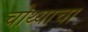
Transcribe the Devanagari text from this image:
चोथ्याचा